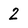
Character: 2